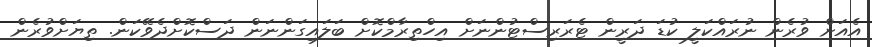
އެއަށް ވުރެން ނުރައްކަލީ ކުޑަ ދަރީން ޓެރަރިސްޓުންނަށް އިހްތިރާމްކޮށް ބަލައިގަންނަން ދަސްކޮށްދެވޭކަން. ތިޔަށްވުރެން